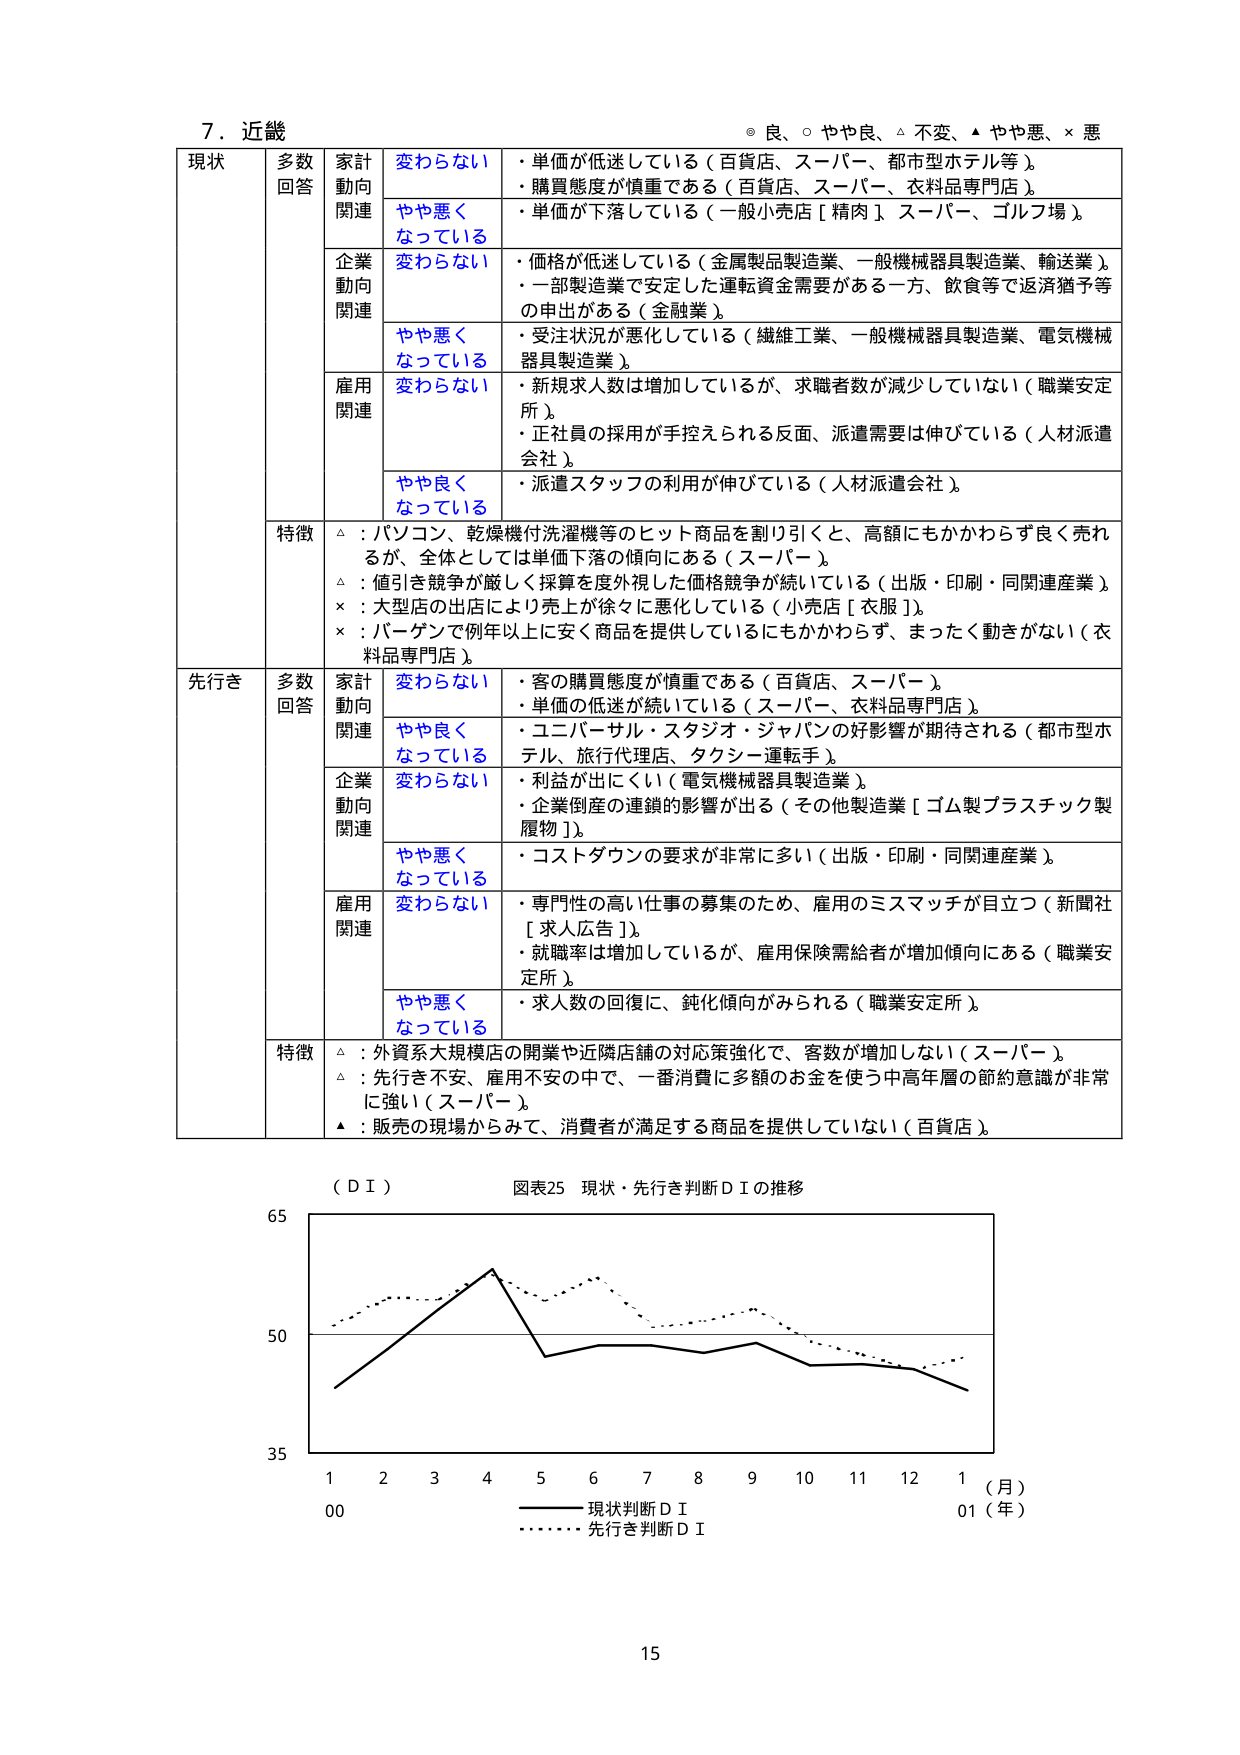
7. 近畿
◎ 良、○ やや良、△ 不変、▲ やや悪、× 悪

現状
多数回答
家計動向関連
変わらない
・単価が低迷している（百貨店、スーパー、都市型ホテル等）。
・購買態度が慎重である（百貨店、スーパー、衣料品専門店）。
やや悪くなっている
・単価が下落している（一般小売店［精肉］、スーパー、ゴルフ場）。

企業動向関連
変わらない
・価格が低迷している（金属製品製造業、一般機械器具製造業、輸送業）。
・一部製造業で安定した運転資金需要がある一方、飲食等で返済猶予等の申出がある（金融業）。
やや悪くなっている
・受注状況が悪化している（繊維工業、一般機械器具製造業、電気機械器具製造業）。

雇用関連
変わらない
・新規求人数は増加しているが、求職者数が減少していない（職業安定所）。
・正社員の採用が手控えられる反面、派遣需要は伸びている（人材派遣会社）。
やや良くなっている
・派遣スタッフの利用が伸びている（人材派遣会社）。

特徴
△：パソコン、乾燥機付洗濯機等のヒット商品を割り引くと、高額にもかかわらず良く売れるが、全体としては単価下落の傾向にある（スーパー）。
△：値引き競争が厳しく採算を度外視した価格競争が続いている（出版・印刷・同関連産業）。
×：大型店の出店により売上が徐々に悪化している（小売店［衣服］）。
×：バーゲンで例年以上に安く商品を提供しているにもかかわらず、まったく動きがない（衣料品専門店）。

先行き
多数回答
家計動向関連
変わらない
・客の購買態度が慎重である（百貨店、スーパー）。
・単価の低迷が続いている（スーパー、衣料品専門店）。
やや良くなっている
・ユニバーサル・スタジオ・ジャパンの好影響が期待される（都市型ホテル、旅行代理店、タクシー運転手）。

企業動向関連
変わらない
・利益が出にくい（電気機械器具製造業）。
・企業倒産の連鎖的影響が出る（その他製造業［ゴム製プラスチック製履物］）。
やや悪くなっている
・コストダウンの要求が非常に多い（出版・印刷・同関連産業）。

雇用関連
変わらない
・専門性の高い仕事の募集のため、雇用のミスマッチが目立つ（新聞社［求人広告］）。
・就職率は増加しているが、雇用保険需給者が増加傾向にある（職業安定所）。
やや悪くなっている
・求人数の回復に、鈍化傾向がみられる（職業安定所）。

特徴
△：外資系大規模店の開業や近隣店舗の対応策強化で、客数が増加しない（スーパー）。
△：先行き不安、雇用不安の中で、一番消費に多額のお金を使う中高年層の節約意識が非常に強い（スーパー）。
▲：販売の現場からみて、消費者が満足する商品を提供していない（百貨店）。

（ＤＩ）
図表25 現状・先行き判断ＤＩの推移

65
50
35
1 2 3 4 5 6 7 8 9 10 11 12 1（月）
00 01（年）
―――― 現状判断ＤＩ
・・・・・・ 先行き判断ＤＩ

15